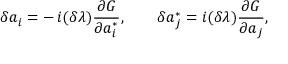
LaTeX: \delta a _ { i } = - \, { i } ( \delta \lambda ) { \frac { \partial G } { \partial a _ { i } ^ { * } } } , \qquad \delta a _ { j } ^ { * } = { i } ( \delta \lambda ) { \frac { \partial G } { \partial a _ { j } } } ,